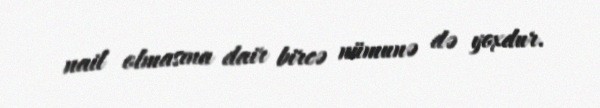
nail olmasına dair bircə nümunə də yoxdur.